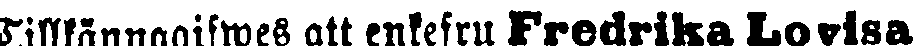
Tilllännagifwes att enkefru Fredrika Lovisa